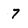
Character: 7